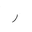
Letter: _ra